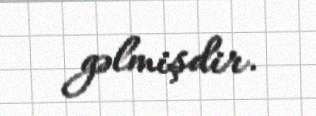
gəlmişdir.